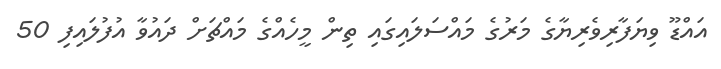
އައްޑޫ ވިޔަފާރިވެރިޔާގެ މަރުގެ މައްސަލައިގައި ތިން މީހެއްގެ މައްޗަށް ދައުވާ އުފުލައިފި 50